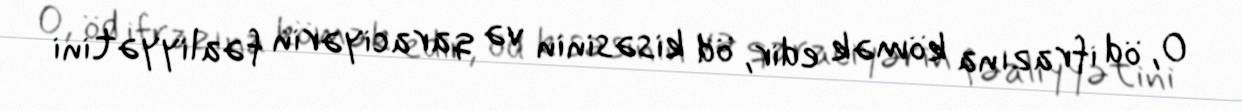
O, öd ifrazına kömək edir, öd kisəsinin və qaraciyərin fəaliyyətini